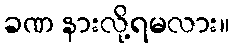
ခဏ နားလို့ရမလား။